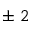
\pm ~ 2